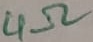
Text: 4Ω